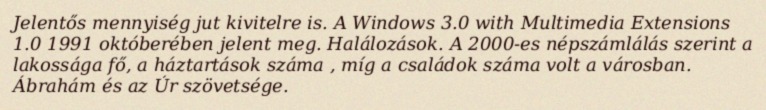
Jelentős mennyiség jut kivitelre is. A Windows 3.0 with Multimedia Extensions 1.0 1991 októberében jelent meg. Halálozások. A 2000-es népszámlálás szerint a lakossága fő, a háztartások száma , míg a családok száma volt a városban. Ábrahám és az Úr szövetsége.